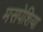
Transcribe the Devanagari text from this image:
मसपेशिया